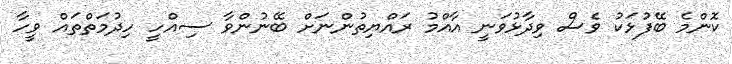
ކޮންމެ ބޭފުޅަކު ވެސް ވިދާޅުވަނީ އާއްމު ރައްޔިތުންނަށް ބޭނުންވާ ސިއްހީ ހިދުމަތްތައް ވީހާ